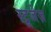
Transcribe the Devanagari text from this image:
स्टूजेज़